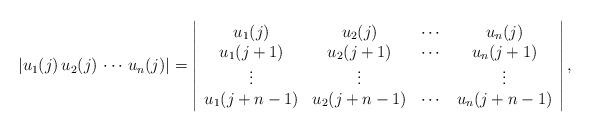
LaTeX: \begin{align*} |u_1(j)\, u_2(j)\,\cdots\, u_n(j)|=\left |\begin{array}{cccc}u_1(j)& u_2(j)&\cdots&u_n(j) \\ u_1(j+1)& u_2(j+1)&\cdots&u_n(j+1)\\\vdots&\vdots&&\vdots\\u_1(j+n-1)&u_2(j+n-1)&\cdots&u_n(j+n-1) \end{array}\right|,\end{align*}